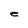
Character: e